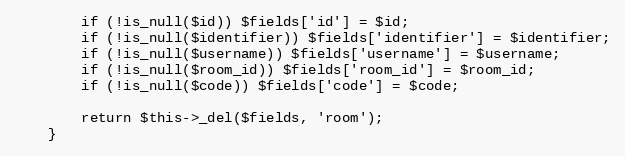
Language: PHP
        if (!is_null($id)) $fields['id'] = $id;
        if (!is_null($identifier)) $fields['identifier'] = $identifier;
        if (!is_null($username)) $fields['username'] = $username;
        if (!is_null($room_id)) $fields['room_id'] = $room_id;
        if (!is_null($code)) $fields['code'] = $code;

        return $this->_del($fields, 'room');
    }